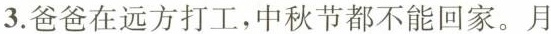
3.爸爸在远方打工，中秋节都不能回家。月